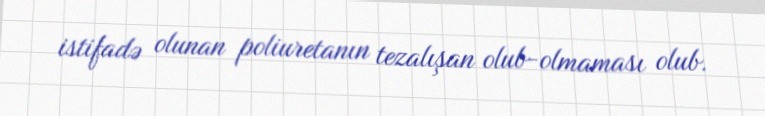
istifadə olunan poliuretanın tezalışan olub-olmaması olub.